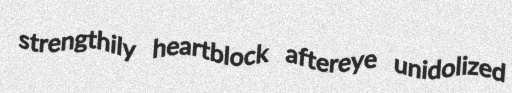
strengthily heartblock aftereye unidolized